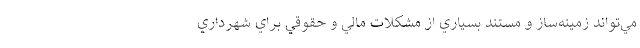
مي‌تواند زمينه‌ساز و مستند بسياري از مشكلات مالي و حقوقي براي شهرداري